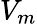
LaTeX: V_{m}